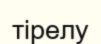
тірелу